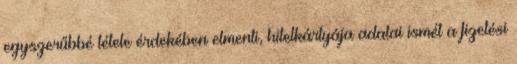
egyszerűbbé tétele érdekében elmenti, hitelkártyája adatai ismét a fizetési